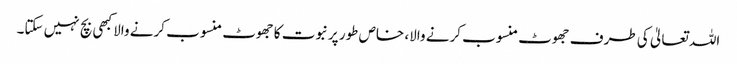
اللہ تعالیٰ کی طرف جھوٹ منسوب کرنے والا، خاص طور پرنبوت کا جھوٹ منسوب کرنے والا کبھی بچ نہیں سکتا۔